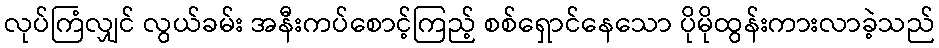
လုပ်ကြံလျှင် လွယ်ခမ်း အနီးကပ်စောင့်ကြည့် စစ်ရှောင်နေသော ပိုမိုထွန်းကားလာခဲ့သည်